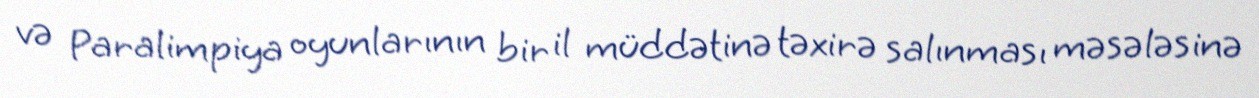
və Paralimpiya oyunlarının bir il müddətinə təxirə salınması məsələsinə